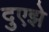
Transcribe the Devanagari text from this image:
दुएझे